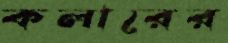
কলারের